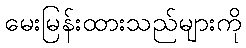
မေးမြန်းထားသည်များကို